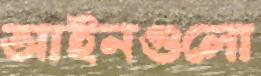
আইনগুলো